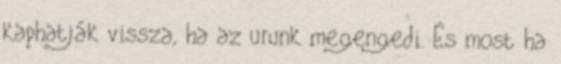
kaphatják vissza, ha az urunk megengedi. És most ha